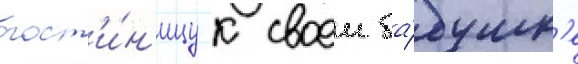
гост'и́н'ицу к своеи ба́бушк'е